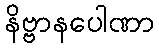
နိဗ္ဗာနပေါဏာ